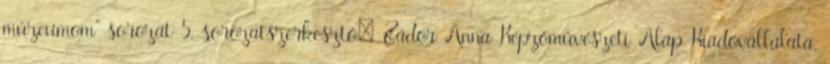
múzeumom" sorozat 5. sorozatszerkesztő: Zádor Anna Képzőművészeti Alap Kiadóvállalata,